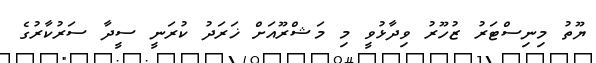
ޔޫތު މިނިސްޓަރު ޒުހޫރު ވިދާޅުވީ މި މަޝްރޫއަށް ޚަރަދު ކުރަނީ ސީދާ ސަރުކާރުގެ